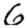
Digit: 6